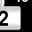
Digit: 2